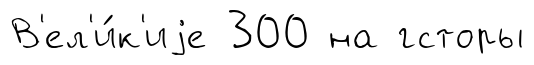
В'ел'и́к'иjе 300 на гсторы